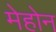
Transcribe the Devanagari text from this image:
मेहोन